Vaccine operations Central Provinces & Berar 1922-1929 - 1922-1929
Year: 1922
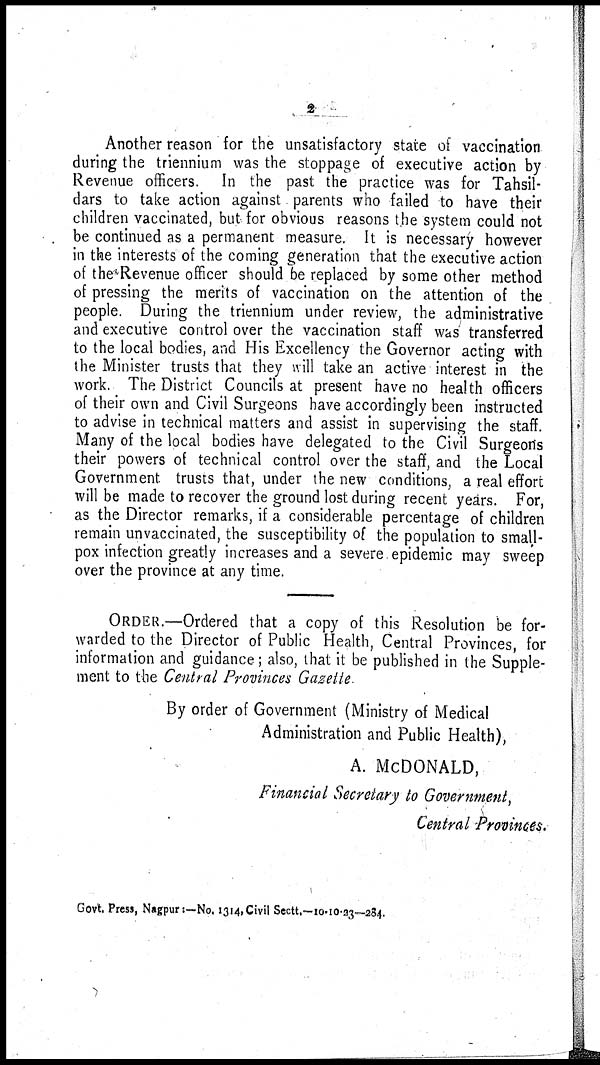
2
Another reason for the unsatisfactory state of vaccination
during the triennium was the stoppage of executive action by
Revenue officers. In the past the practice was for Tahsil¬
dars to take action against parents who failed to have their
children vaccinated, but for obvious reasons the system could not
be continued as a permanent measure. It is necessary however
in the interests of the coming generation that the executive action
of the Revenue officer should be replaced by some other method
of pressing the merits of vaccination on the attention of the
people. During the triennium under review, the administrative
and executive control over the vaccination staff was transferred
to the local bodies, and His Excellency the Governor acting with
the Minister trusts that they will take an active interest in the
work. The District Councils at present have no health officers
of their own and Civil Surgeons have accordingly been instructed
to advise in technical matters and assist in supervising the staff.
Many of the local bodies have delegated to the Civil Surgeons
their powers of technical control over the staff, and the Local
Government trusts that, under the new conditions, a real effort
will be made to recover the ground lost during recent years. For,
as the Director remarks, if a considerable percentage of children
remain unvaccinated, the susceptibility of the population to small-
pox infection greatly increases and a severe epidemic may sweep
over the province at any time.
ORDER.—Ordered that a copy of this Resolution be for-
warded to the Director of Public Health, Central Provinces, for
information and guidance; also, that it be published in the Supple-
ment to the Central Provinces Gazette
By order of Government (Ministry of Medical
Administration and Public Health),
A. MCDONALD,
Financial Secretary to Government,
Central Provinces.
Govt. Press, Nagpur:—No. 1314, Civil Sectt.—10-10-23—284.